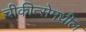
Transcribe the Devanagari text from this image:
चीकीत्सेमधील